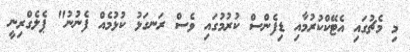
މި މެޗުގައި އެޓޭކްކުރުމާއި ޑިފެންސް ކުރުމުގައި ވެސް ރަނގަޅު ކުޅުމެއް ފެނުނު" ޕެލެގްރިނީ